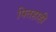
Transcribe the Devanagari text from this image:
पितहाही